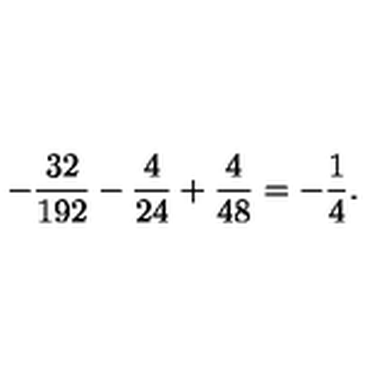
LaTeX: - \frac { 3 2 } { 1 9 2 } - \frac { 4 } { 2 4 } + \frac { 4 } { 4 8 } = - \frac { 1 } { 4 } .